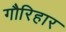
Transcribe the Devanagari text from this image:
गौरिहार